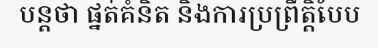
បន្តថា ផ្នត់គំនិត និងការប្រព្រឹត្តិបែប